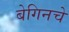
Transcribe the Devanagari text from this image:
बेगिनचे